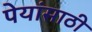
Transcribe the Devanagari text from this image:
पेयांसाठी